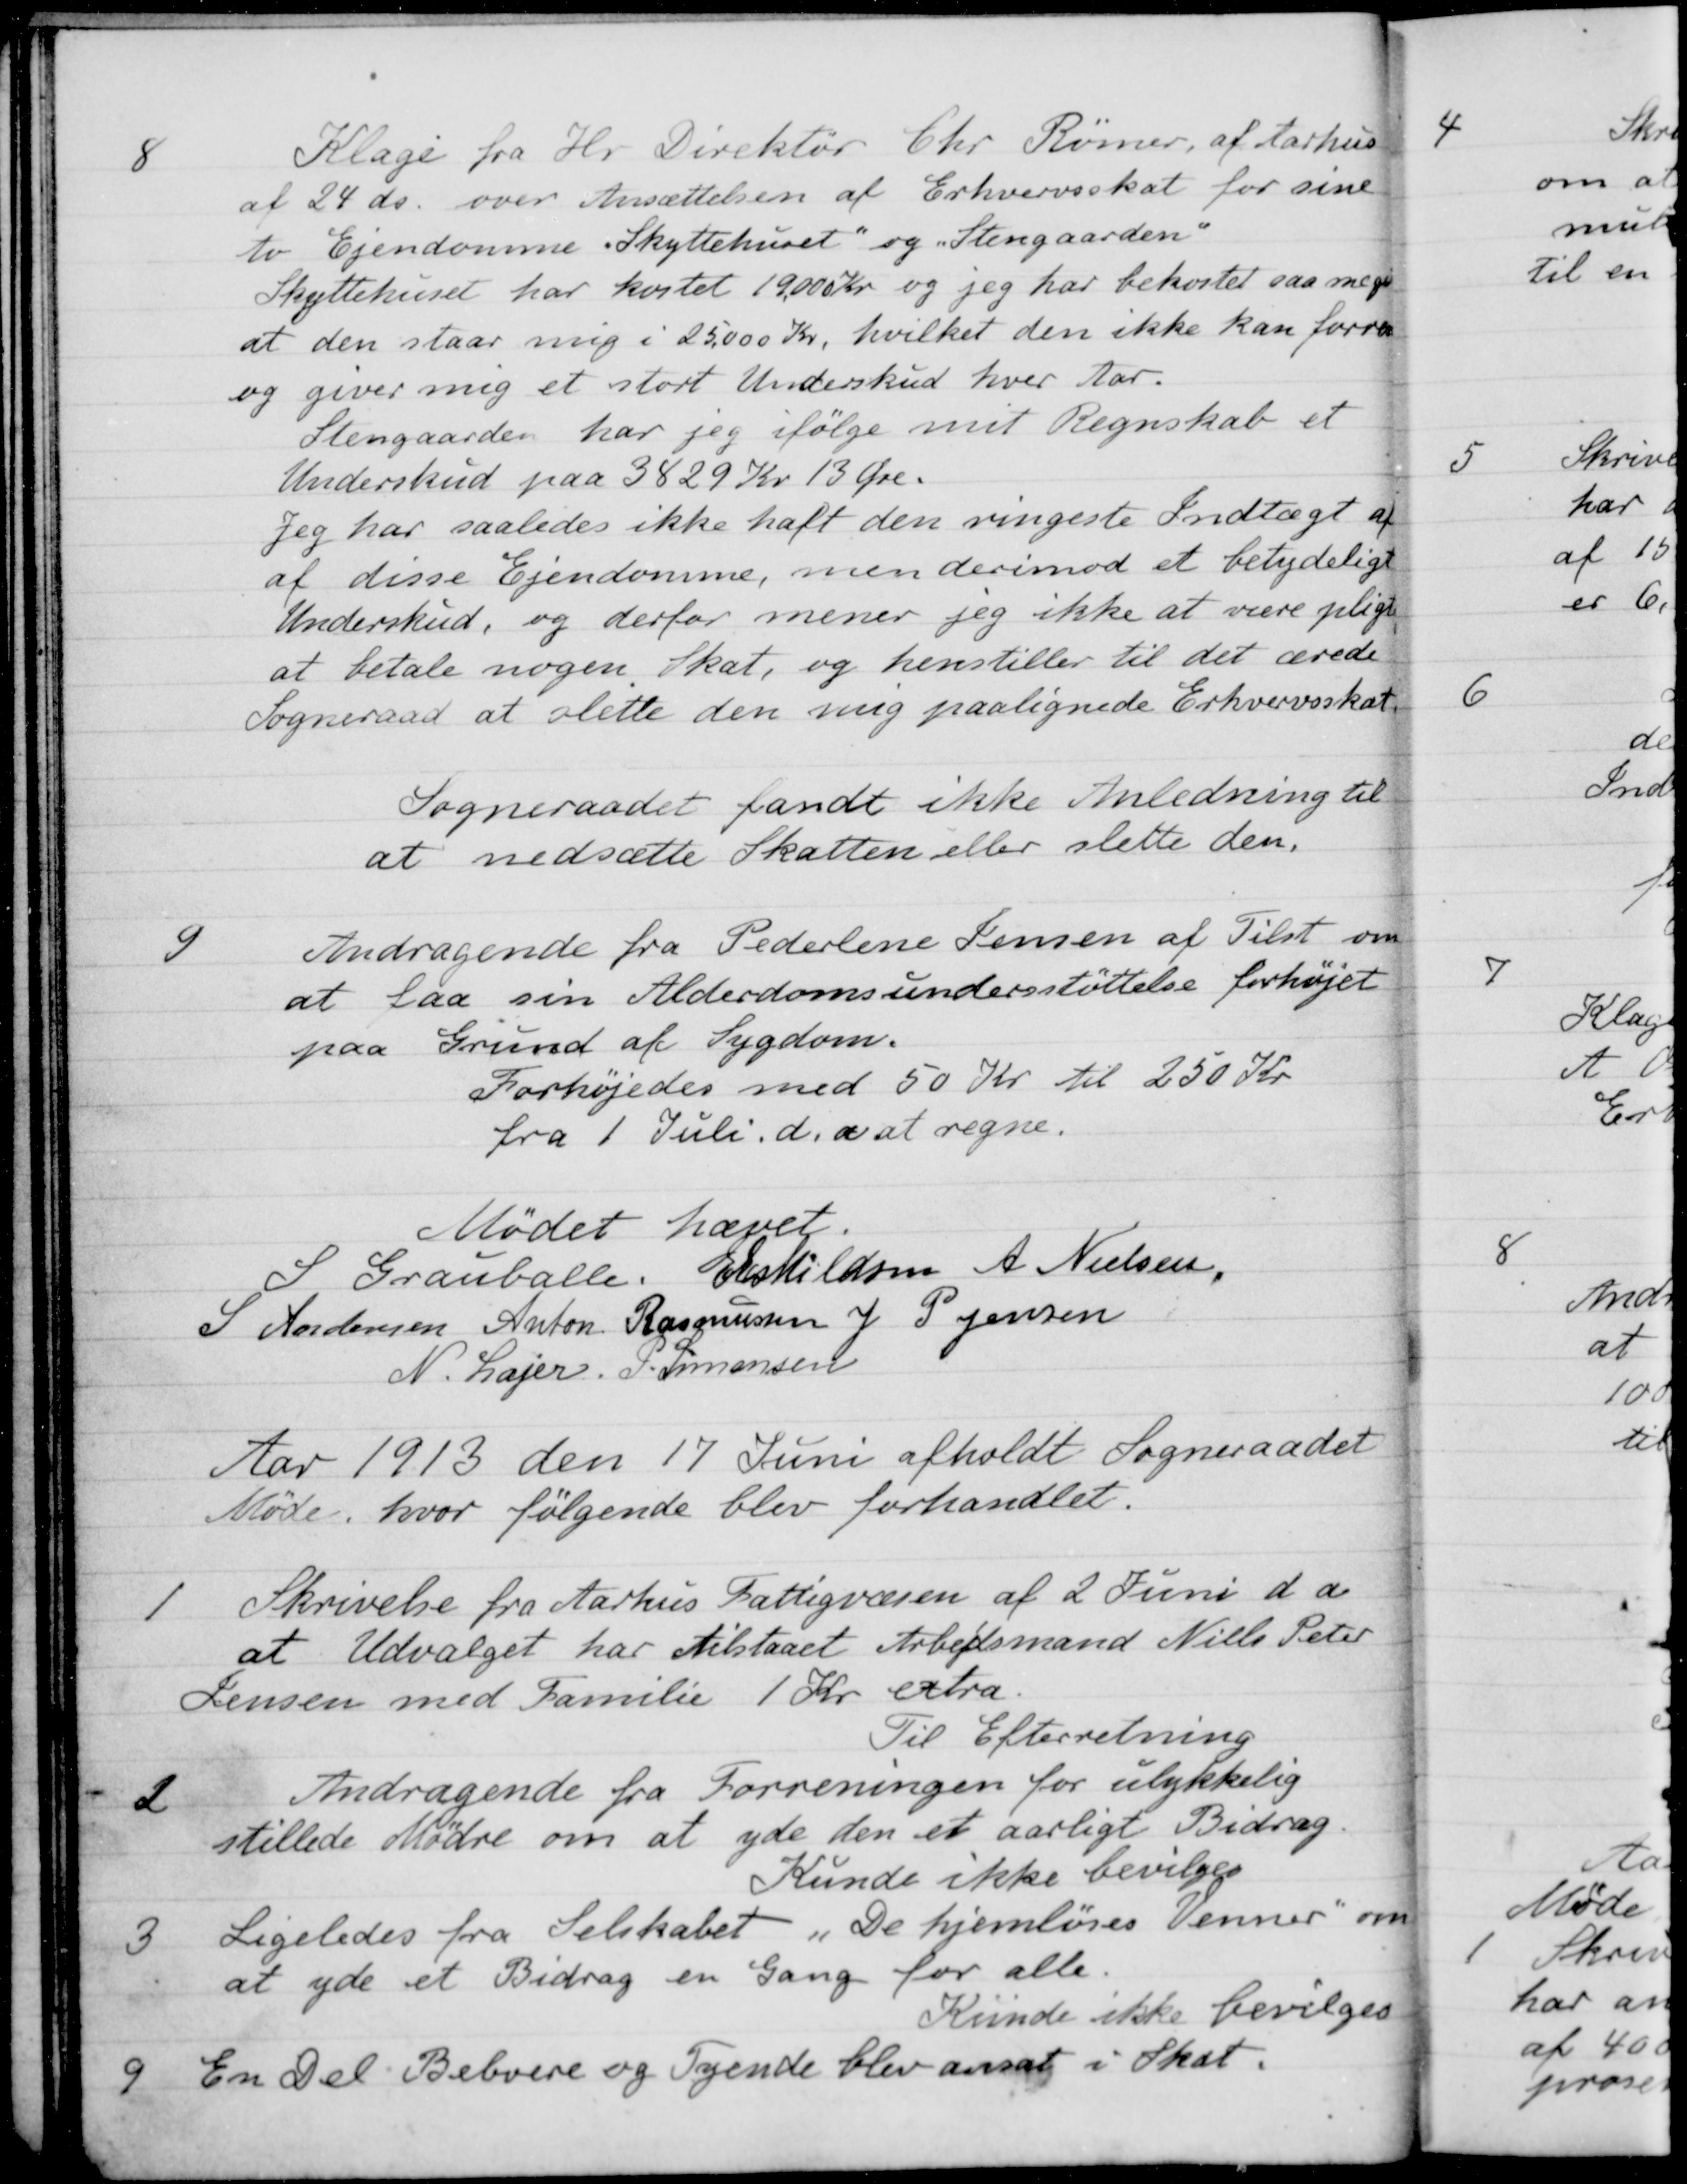
Transskription:
8
Klage fra Hr. Direktør Chr. Rømer, af Aarhus
af 24 ds. over Ansættelsen af Erhvervsskat for sine
to Ejendomme "Skyttehuset" og "Stengaarden"
Skyttehuset har kostet 19.000 Kr og jeg har bekostet saa meget
at den staar mig i 25.000 Kr, hvilket den ikke kan forrente
og giver mig et stort Underskud hver Aar.
Stengaarden har jeg ifølge mit Regnskab et
Underskud paa 3829 Kr 13 Øre.
Jeg har saaledes ikke haft den ringeste Indtægt af
af disse Ejendomme, men derimod et betydeligt 
Underskud, og derfor mener jeg ikke at være pligtig
at betale nogen Skat, og henstiller til det ærede
Sogneraad at slette den mig paalignede Erhvervsskat
Sogneraadet fandt ikke Anledning til
at nedsætte Skatten eller slette den.
9
Andragende fra Pederlene Jensen af Tilst om
at faa sin Alderdomsundersstøttelse forhøjet
paa Grund af Sygdom.
Forhøjedes med 50 Kr til 250 Kr
fra 1 Juli d. a at regne.
Mødet hævet.
S Grauballe,
E Eskildsen
A. Nielsen,
S Andersen
Anton Rasmussen
J P Jensen
N. Lajer. P. Simonsen

Aar 1913 den 17 Juni afholdt Sogneraadet
Møde, hvor følgende blev forhandlet.
1
Skrivelse fra Aarhus Fattigvæsen af 2 Juni d. a
at Udvalget har tilstaaet Arbejdsmand Niels Peter
Lensen med Familie 1 Kr extra.
Til Efterretning
2
Andragende fra Forreningen for ulykkelig
stillede Mødre om at yde den et aarligt Bidrag.
Kunde ikke bevilges
3
Ligeledes fra Selskabet "De hjemløses Venner" om
at yde et Bidrag en Gang for alle.
Kunde ikke bevilges
9
En Del Beboere og Tyende blev ansat i Skat.